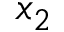
x _ { 2 }